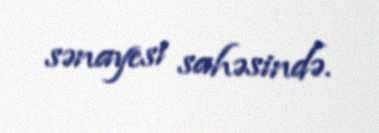
sənayesi sahəsində.